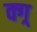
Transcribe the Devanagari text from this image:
क्ग्र्